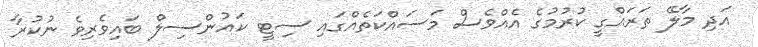
އަދި މާލޭ ތަރައްގީ ކުރުމުގެ އެއްވެސް މަސައްކަތެއްގައި ސިޓީ ކައުންސިލް ބައިވެރިވެ ނުކުރާ